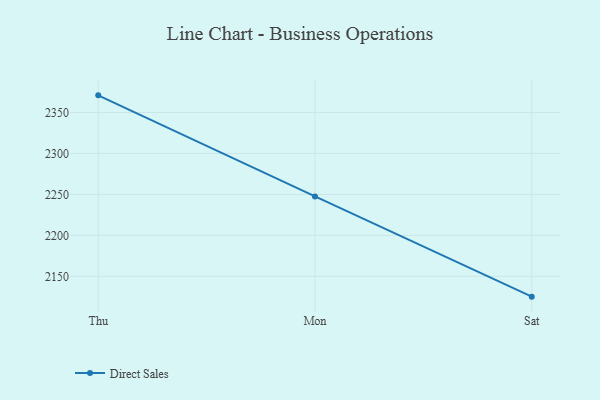
{"axis": {"x": "Day", "y": "Population (Million)"}, "legend": ["Direct Sales"], "data": [{"x": "Thu", "y": 2370.9, "type": "Direct Sales"}, {"x": "Mon", "y": 2247.5, "type": "Direct Sales"}, {"x": "Sat", "y": 2125.2, "type": "Direct Sales"}]}